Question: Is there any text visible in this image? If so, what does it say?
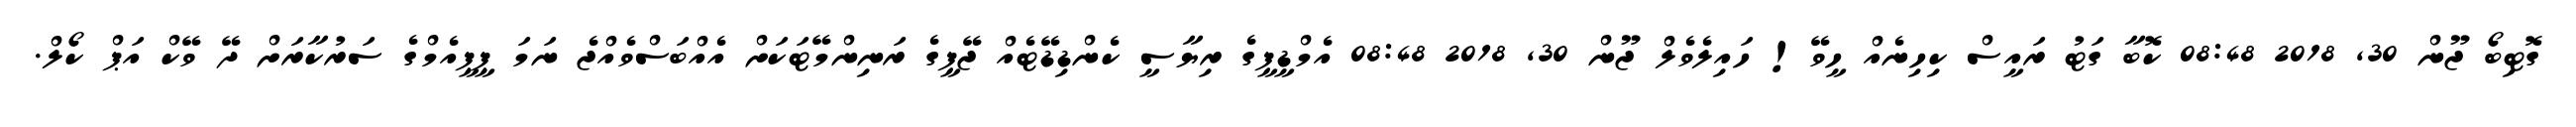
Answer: ގޮޓިބޯ ޖޫން 30, 2018 08:48 ކޮބާ ގަޓު ރައީސް ކިހިނެއް ހީވޭ! ހައިލެވެލް ޖޫން 30, 2018 08:48 އެމްޑީޕީގެ ރިޔާސީ ކެންޑިޑޭޓެއް ޖޭޕީގެ ރަނިންމޭޓަކަށް އެއްބަސްވެއްޖެ ނަމަ ޕީޕީއެމްގެ ސަރުކާރަށް ދޭ ވޭކް އަޕް ކޯލް.